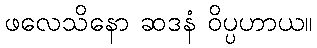
ဖလေသိနော ဆဒနံ ဝိပ္ပဟာယ။